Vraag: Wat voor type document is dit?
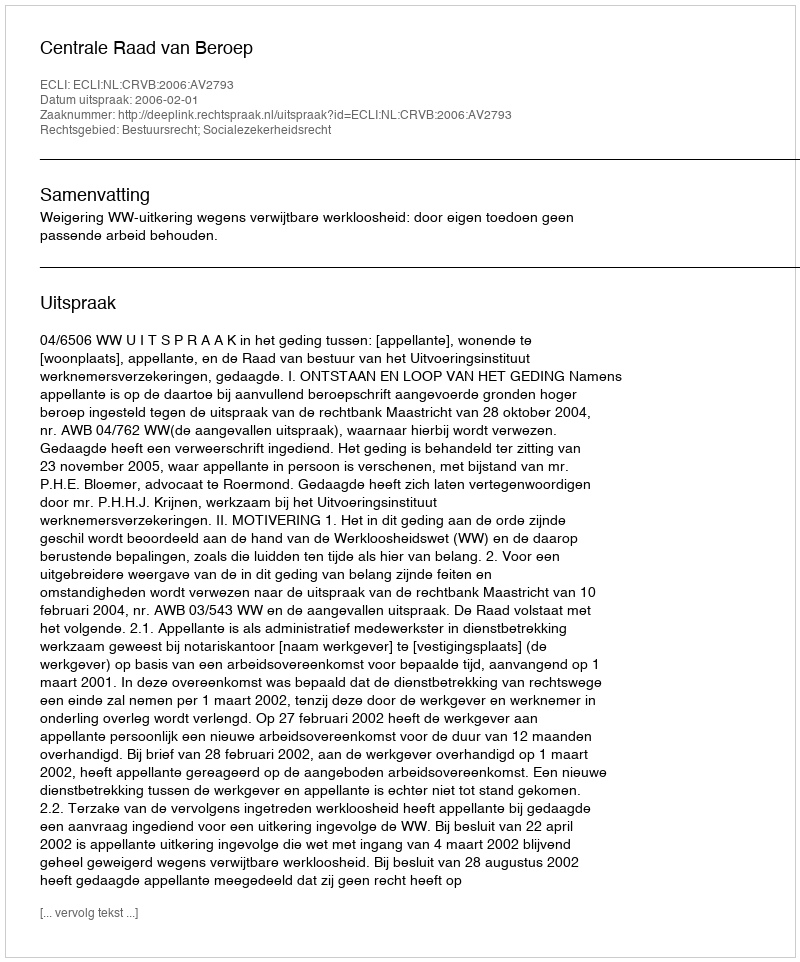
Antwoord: Uitspraak